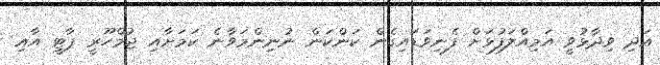
އަދި ވިދާޅުވީ އަމިއްލަފުޅަށް ފެނިވަޑައިގެން ކަންކަން ނުނިންމަވާނެ ކަމަށާއި ޖުމްހޫރީ ޕާޓީ އާއި